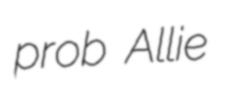
prob Allie